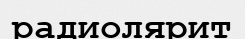
радиолярит